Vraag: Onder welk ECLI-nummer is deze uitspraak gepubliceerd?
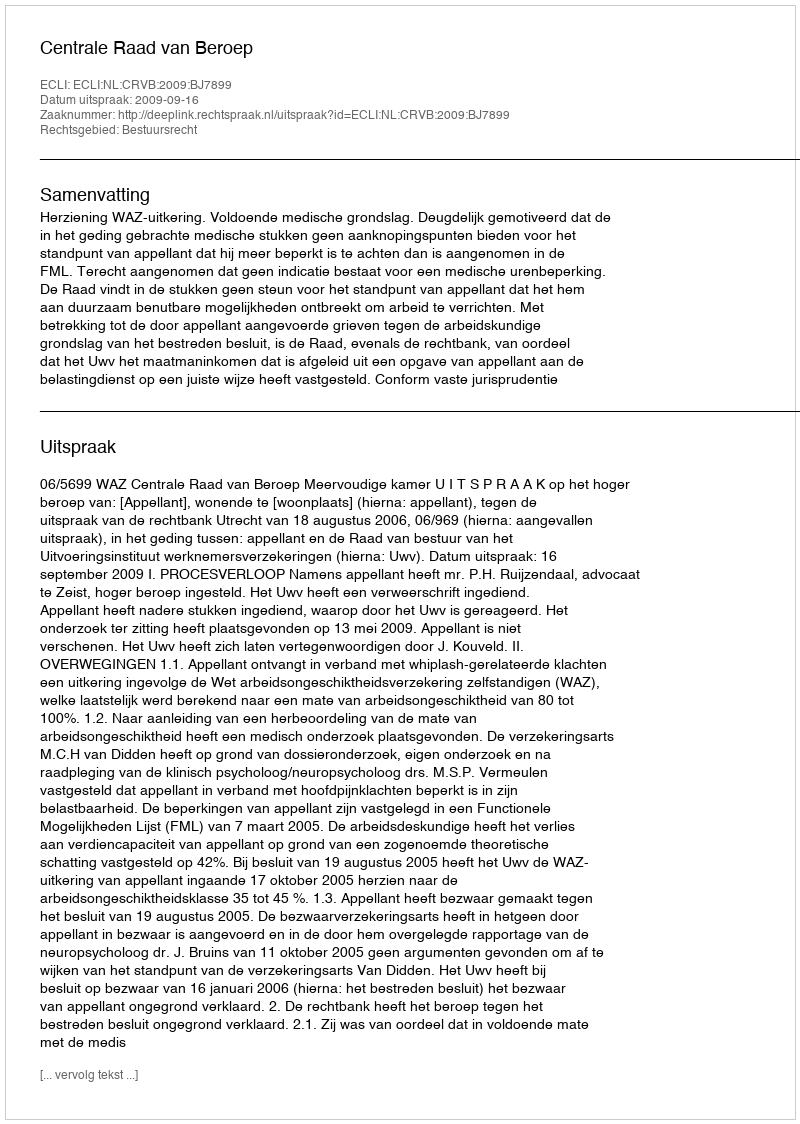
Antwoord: ECLI:NL:CRVB:2009:BJ7899